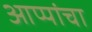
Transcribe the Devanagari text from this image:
आप्पांचा